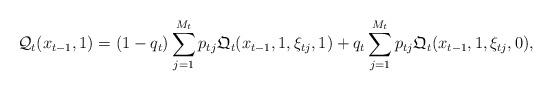
LaTeX: \begin{align*}\mathcal{Q}_t( x_{t-1}, 1 ) = (1-q_t) \sum_{j=1}^{M_{t}} p_{t j} \mathfrak{Q}_t ( x_{t-1}, 1, \xi_{t j}, 1 ) +q_t \sum_{j=1}^{M_t} p_{t j} \mathfrak{Q}_t ( x_{t-1}, 1, \xi_{t j}, 0 ),\end{align*}